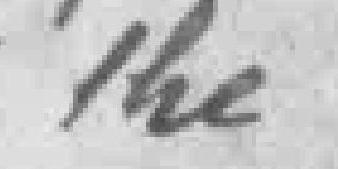
the